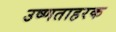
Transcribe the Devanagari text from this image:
उष्णताहरक